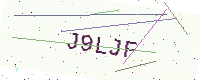
Text: J9LJF